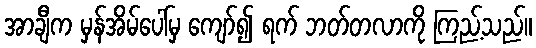
အာချီက မှန်အိမ်ပေါ်မှ ကျော်၍ ရက် ဘတ်တလာကို ကြည့်သည်။